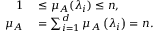
\begin{array} { r l } { 1 } & { { } \leq \mu _ { A } ( \lambda _ { i } ) \leq n , } \\ { \mu _ { A } } & { { } = \sum _ { i = 1 } ^ { d } \mu _ { A } \left( \lambda _ { i } \right) = n . } \end{array}